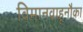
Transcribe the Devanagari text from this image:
विमानवाहूनौका